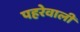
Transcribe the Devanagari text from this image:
पहरेवाली